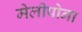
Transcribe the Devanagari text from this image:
मेलीपोना